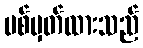
ပစ်မှတ်ထားသည်